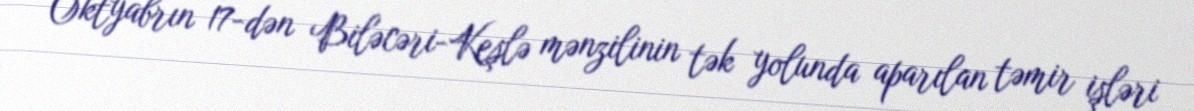
Oktyabrın 17-dən Biləcəri-Keşlə mənzilinin tək yolunda aparılan təmir işləri